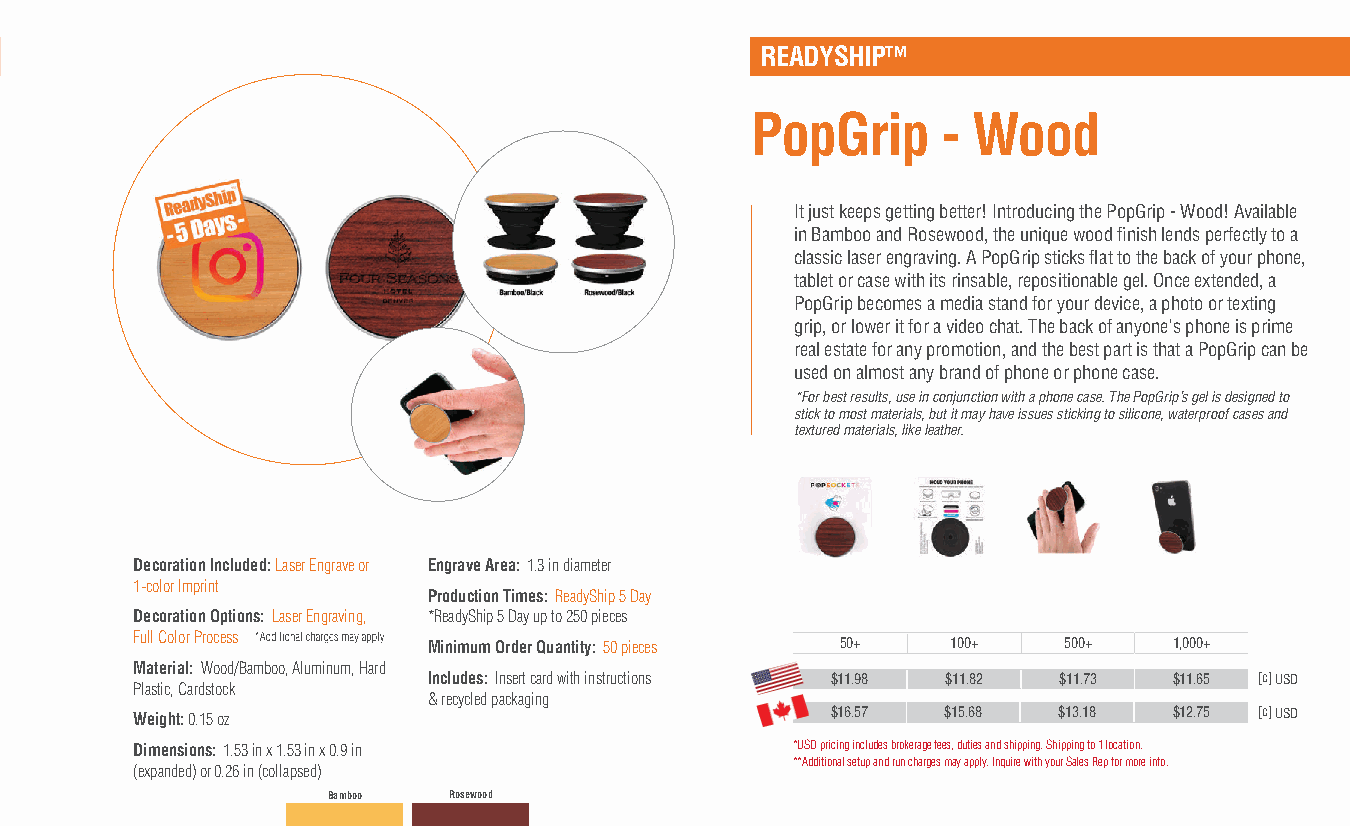
READYSHIP™
 PopGrip     - Wood
 It just keeps getting better! Introducing the PopGrip - Wood! Available
 in Bamboo and Rosewood, the unique wood fi nish lends perfectly to a
 classic laser engraving. A PopGrip sticks fl at to the back of your phone,
 tablet or case with its rinsable, repositionable gel. Once extended, a
 PopGrip becomes a media stand for your device, a photo or texting
 grip, or lower it for a video chat. The back of anyone's phone is prime
 real estate for any promotion, and the best part is that a PopGrip can be
 used on almost any brand of phone or phone case.
 *For best results, use in conjunction with a phone case. The PopGrip’s gel is designed to
 stick to most materials, but it may have issues sticking to silicone, waterproof cases and
 textured materials, like leather.
 Decoration Included: Laser Engrave or Engrave Area: 1.3 in diameter
 1-color Imprint
 Production Times: ReadyShip 5 Day
 Decoration Options: Laser Engraving, *ReadyShip 5 Day up to 250 pieces
 Full Color Process
 Minimum Order Quantity: 50 pieces 50+ 100+ 500+   1,000+
 Material: Wood/Bamboo, Aluminum, Hard
 Includes: Insert card with instructions $11.98 $11.82 $11.73 $11.65 [c] USD
 Plastic, Cardstock
 & recycled packaging
 Weight: 0.15 oz                               $16.57  $15.68 $13.18  $12.75 [c] USD
 Dimensions: 1.53 in x 1.53 in x 0.9 in     *USD pricing includes brokerage fees, duties and shipping. Shipping to 1 location.
 **Additional setup and run charges may apply. Inquire with your Sales Rep for more info.
 (expanded) or 0.26 in (collapsed)
 Bamboo  Rosewood